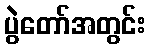
ပွဲတော်အတွင်း